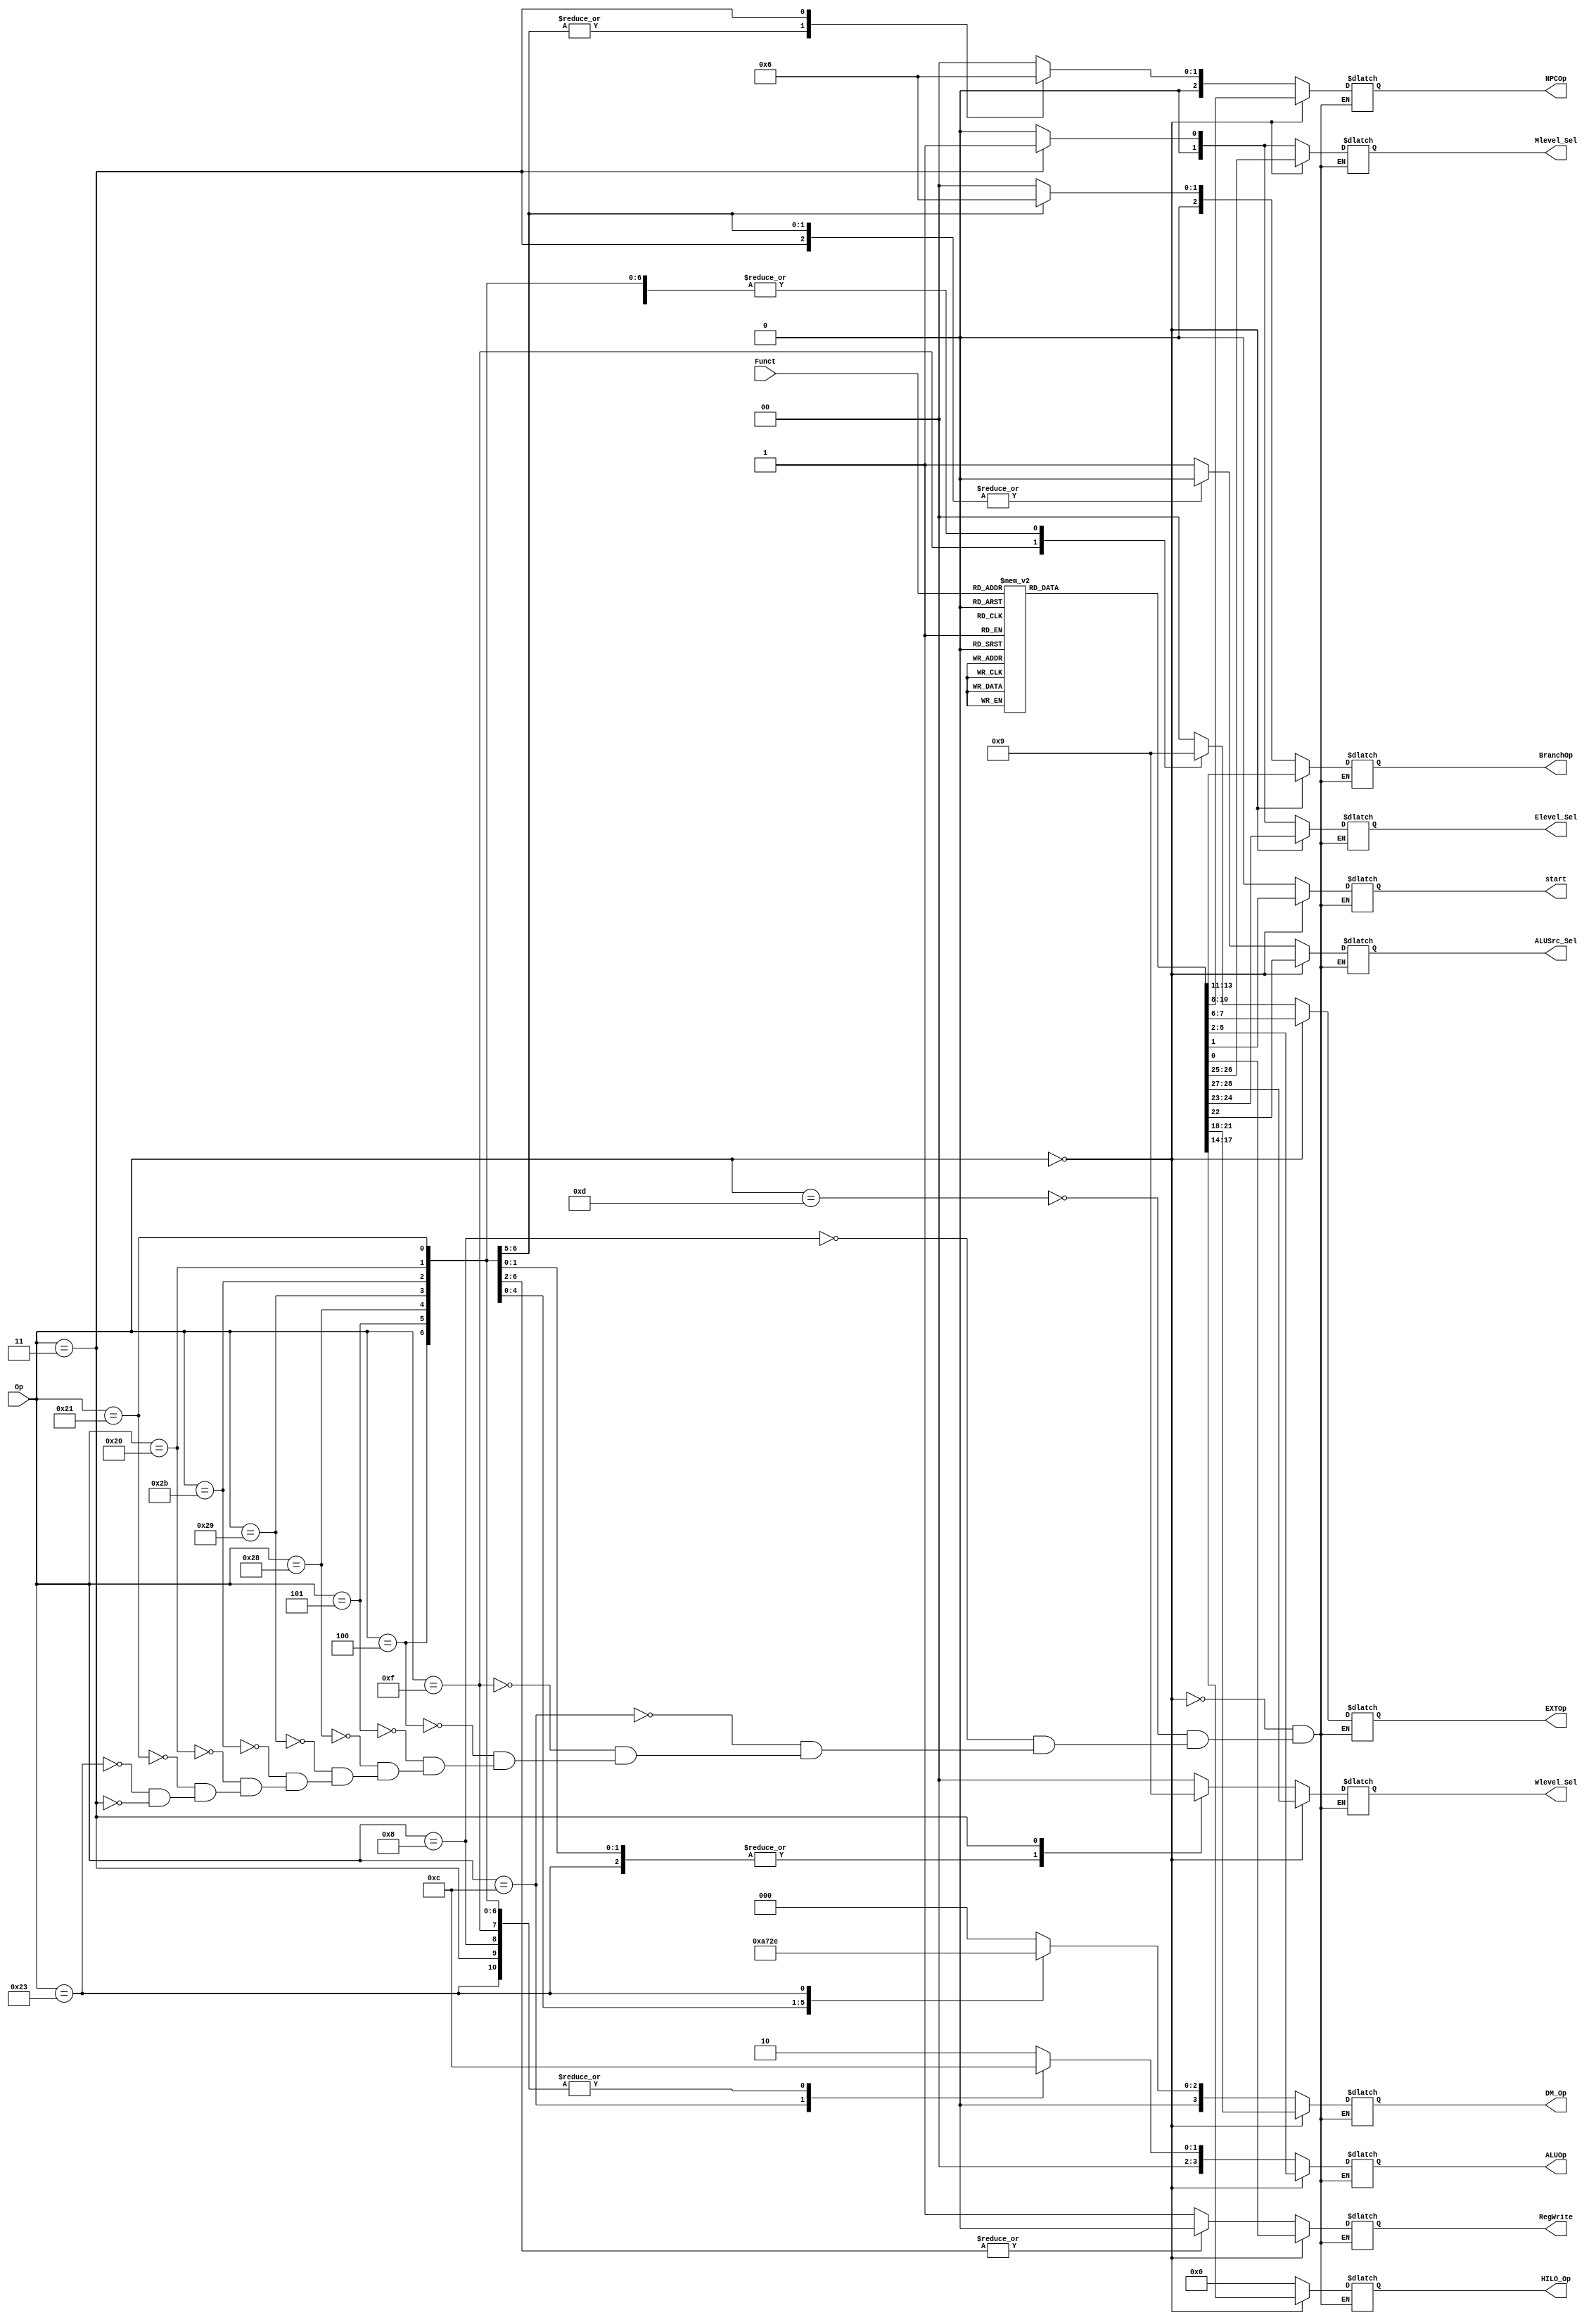
`timescale 1ns / 1ps

//--------//

`define R_Type 6'b000000

//StatementRFunctROp

//----cal_r----//    `timescale 1ns / 1ps

//--------//

`define R_Type 6'b000000

//StatementRFunctROp

//----cal_r----//          
`define add_Funct 6'b100000
`define sub_Funct 6'b100010
`define and_Funct 6'b100100 
`define or_Funct  6'b100101
`define slt_Funct  6'b101010
`define sltu_Funct 6'b101011

//----cal_i----//     
`define ori_Op 6'b001101
`define addi_Op 6'b001000
`define andi_Op 6'b001100

//----lui----//
`define lui_Op 6'b001111

//----branch----//
`define beq_Op 6'b000100
`define bne_Op 6'b000101

//----load-----//           
`define lw_Op  6'b100011
`define lh_Op  6'b100001
`define lb_Op  6'b100000

//----store----//
`define sw_Op  6'b101011
`define sh_Op  6'b101001
`define sb_Op  6'b101000

//----jumplink----//
`define jal_Op 6'b000011   

//----jumpreg----//
`define jr_Funct  6'b001000

//----md----//
`define mult_Funct  6'b011000
`define multu_Funct 6'b011001
`define div_Funct   6'b011010
`define divu_Funct  6'b011011

//----mf----//
`define mfhi_Funct  6'b010000
`define mflo_Funct  6'b010010

//----mt----//
`define mthi_Funct  6'b010001
`define mtlo_Funct  6'b010011

module Main_CU(
    input [5:0] Op,
    input [5:0] Funct,

    //--------//
    output reg RegWrite,
	 output reg start,

    //---------//
    output reg [3:0] ALUOp,
    output reg [1:0] EXTOp,
    output reg [2:0] NPCOp,
	 output reg [2:0] BranchOp,	//use for cmp
	 output reg [3:0] HILO_Op,
	 output reg [3:0] DM_Op,
	

    //----MUX-----//
    output reg ALUSrc_Sel,		       //RF_RD2--->ALU_SrcB
	 output reg [1:0] Elevel_Sel,		
    output reg [1:0] Mlevel_Sel,
    output reg [1:0] Wlevel_Sel
);

  always @(*) begin
    if(Op==`R_Type)begin     //R_Type Instruction
        case(Funct)
            `add_Funct:begin
                //
                RegWrite<=1;
					 start<=1'd0;
                //
                ALUOp<=4'b0000;
                EXTOp<=2'b00;
                NPCOp<=3'b000;
					 BranchOp<=3'b000;
					 HILO_Op<=4'd0;
					 DM_Op<=4'd0;
                //
                ALUSrc_Sel<=0;
					 Elevel_Sel<=2'b00;
                Mlevel_Sel<=2'b00;
                Wlevel_Sel<=2'b00;
            end

            `sub_Funct:begin
                //
					 start<=1'd0;
                RegWrite<=1;
                //
                ALUOp<=4'b0001;
                EXTOp<=2'b00;
                NPCOp<=3'b000;
					 BranchOp<=3'b000;
					 HILO_Op<=4'd0;
					 DM_Op<=4'd0;
                //
                ALUSrc_Sel<=0;
					 Elevel_Sel<=2'b00;
                Mlevel_Sel<=2'b00;
                Wlevel_Sel<=2'b00;
            end

            `and_Funct:begin
                //
					 start<=1'd0;
                RegWrite<=1;
                //
                ALUOp<=4'b0011;
                EXTOp<=2'b00;
                NPCOp<=3'b000;
					 BranchOp<=3'b000;
					 HILO_Op<=4'd0;
					 DM_Op<=4'd0;
                //
                ALUSrc_Sel<=0;
					 Elevel_Sel<=2'b00;
                Mlevel_Sel<=2'b00;
                Wlevel_Sel<=2'b00;
            end
            `or_Funct:begin
                //
					 start<=1'd0;
                RegWrite<=1;
                //
                ALUOp<=4'b0010;  //the same as 'ori'
                EXTOp<=2'b00;
                NPCOp<=3'b000;
					 BranchOp<=3'b000;
					 HILO_Op<=4'd0;
					 DM_Op<=4'd0;
                //
                ALUSrc_Sel<=0;
					 Elevel_Sel<=2'b00;
                Mlevel_Sel<=2'b00;
                Wlevel_Sel<=2'b00;
            end
				
				`slt_Funct:begin
                //
					 start<=1'd0;
                RegWrite<=1;
                //
                ALUOp<=4'b0100;  
                EXTOp<=2'b00;
                NPCOp<=3'b000;
					 BranchOp<=3'b000;
					 HILO_Op<=4'd0;
					 DM_Op<=4'd0;
                //
                ALUSrc_Sel<=0;
					 Elevel_Sel<=2'b00;
                Mlevel_Sel<=2'b00;
                Wlevel_Sel<=2'b00;				
				end
				`sltu_Funct:begin
                //
					 start<=1'd0;
                RegWrite<=1;
                //
                ALUOp<=4'b0101;  //the same as 'ori'
                EXTOp<=2'b00;
                NPCOp<=3'b000;
					 BranchOp<=3'b000;
					 HILO_Op<=4'd0;		 
					 DM_Op<=4'd0;
                //
                ALUSrc_Sel<=0;
					 Elevel_Sel<=2'b00;
                Mlevel_Sel<=2'b00;
                Wlevel_Sel<=2'b00;				
				end
				

            `jr_Funct:begin
                //
					 start<=1'd0;
                RegWrite<=0;
                //
                ALUOp<=4'b0000;
                EXTOp<=2'b00;
                NPCOp<=3'b011;
					 BranchOp<=3'b000;
					 HILO_Op<=4'd0;
					 DM_Op<=4'd0;
                //
                ALUSrc_Sel<=0;
					 Elevel_Sel<=2'b00;
                Mlevel_Sel<=2'b00;
                Wlevel_Sel<=2'b00;
            end
				`mult_Funct:begin
                //
					 start<=1'd1;
                RegWrite<=0;
                //
                ALUOp<=4'b0000;
                EXTOp<=2'b00;
                NPCOp<=3'b000;
					 BranchOp<=3'b000;
					 HILO_Op<=4'd1;
					 DM_Op<=4'd0;
                //
                ALUSrc_Sel<=0;
					 Elevel_Sel<=2'b00;
                Mlevel_Sel<=2'b00;
                Wlevel_Sel<=2'b00;
				end
				`multu_Funct:begin
                //
					 start<=1'd1;
                RegWrite<=0;
                //
                ALUOp<=4'b0000;
                EXTOp<=2'b00;
                NPCOp<=3'b000;
					 BranchOp<=3'b000;
					 HILO_Op<=4'd2;
					 DM_Op<=4'd0;
                //
                ALUSrc_Sel<=0;
					 Elevel_Sel<=2'b00;
                Mlevel_Sel<=2'b00;
                Wlevel_Sel<=2'b00;
				end
				`div_Funct:begin
                //
                RegWrite<=0;
					 start<=1'd1;
                //
                ALUOp<=4'b0000;
                EXTOp<=2'b00;
                NPCOp<=3'b000;
					 BranchOp<=3'b000;
					 HILO_Op<=4'd3; 
					 DM_Op<=4'd0;
                //
                ALUSrc_Sel<=0;
					 Elevel_Sel<=2'b00;
                Mlevel_Sel<=2'b00;
                Wlevel_Sel<=2'b00;
				end
				`divu_Funct:begin
                //
                RegWrite<=0;
					 start<=1'd1;
                //
                ALUOp<=4'b0000;
                EXTOp<=2'b00;
                NPCOp<=3'b000;
					 BranchOp<=3'b000;
					 HILO_Op<=4'd4;
					 DM_Op<=4'd0;
                //
                ALUSrc_Sel<=0;
					 Elevel_Sel<=2'b00;
                Mlevel_Sel<=2'b00;
                Wlevel_Sel<=2'b00;
				end
				`mfhi_Funct:begin
                //
					 start<=1'd0;
                RegWrite<=1;
                //
                ALUOp<=4'b0000;
                EXTOp<=2'b00;
                NPCOp<=3'b000;
					 BranchOp<=3'b000;
					 HILO_Op<=4'd5;
					 DM_Op<=4'd0;
                //
                ALUSrc_Sel<=0;
					 Elevel_Sel<=2'b00;
                Mlevel_Sel<=2'b10;
                Wlevel_Sel<=2'b11;
				end
				`mflo_Funct:begin
                //
                RegWrite<=1;
					 start<=1'd0;
                //
                ALUOp<=4'b0000;
                EXTOp<=2'b00;
                NPCOp<=3'b000;
					 BranchOp<=3'b000;
					 HILO_Op<=4'd6;	 
					 DM_Op<=4'd0;
                //
                ALUSrc_Sel<=0;
					 Elevel_Sel<=2'b00;
                Mlevel_Sel<=2'b10;
                Wlevel_Sel<=2'b11;
				end
				`mthi_Funct:begin
                //
                RegWrite<=0;
					 start<=1'd0;
                //
                ALUOp<=4'b0000;
                EXTOp<=2'b00;
                NPCOp<=3'b000;
					 BranchOp<=3'b000;
					 HILO_Op<=4'd7;
					 DM_Op<=4'd0;
                //
                ALUSrc_Sel<=0;
					 Elevel_Sel<=2'b00;
                Mlevel_Sel<=2'b00;
                Wlevel_Sel<=2'b00;
				end
				`mtlo_Funct:begin
                //
                RegWrite<=0;
					 start<=1'd0;
                //
                ALUOp<=4'b0000;
                EXTOp<=2'b00;
                NPCOp<=3'b000;
					 BranchOp<=3'b000;
					 HILO_Op<=4'd8; 
					 DM_Op<=4'd0;
                //
                ALUSrc_Sel<=0;
					 Elevel_Sel<=2'b00;
                Mlevel_Sel<=2'b00;
                Wlevel_Sel<=2'b00;
				end
				default:begin
                RegWrite<=0;
					 start<=1'd0;
                //
                ALUOp<=4'b0000;
                EXTOp<=2'b00;
                NPCOp<=3'b000;
					 BranchOp<=3'b000;
					 HILO_Op<=4'd0;
					 DM_Op<=4'd0;
                //
                ALUSrc_Sel<=0;
					 Elevel_Sel<=2'b00;
                Mlevel_Sel<=2'b00;
                Wlevel_Sel<=2'b00;				
				end
        endcase
    end

    else begin              //non-R_Type Instruction
        case(Op)
            `ori_Op:begin
                //
                RegWrite<=1;
					 start<=1'd0;
                //
                ALUOp<=4'b0010;
                EXTOp<=2'b00;       //
                NPCOp<=3'b000;
					 BranchOp<=3'b000;
					 HILO_Op<=4'd0;
					 DM_Op<=4'd0;
                //
                ALUSrc_Sel<=1;      //
					 Elevel_Sel<=2'b00;
                Mlevel_Sel<=2'b00;
                Wlevel_Sel<=2'b00;
            end
            `addi_Op:begin
                //
                RegWrite<=1;
					 start<=1'd0;
                //
                ALUOp<=4'b0000;
                EXTOp<=2'b01;       //sign-extend
                NPCOp<=3'b000;
					 BranchOp<=3'b000;
					 HILO_Op<=4'd0;
					 DM_Op<=4'd0;
                //
                ALUSrc_Sel<=1;      //choose the imm
					 Elevel_Sel<=2'b00;
                Mlevel_Sel<=2'b00;
                Wlevel_Sel<=2'b00;
            end
            `andi_Op:begin
                //
                RegWrite<=1;
					 start<=1'd0;
                //
                ALUOp<=4'b0011;
                EXTOp<=2'b00;       //zero-extend
                NPCOp<=3'b000;
					 BranchOp<=3'b000;
					 HILO_Op<=4'd0;
					 DM_Op<=4'd0;
                //
                ALUSrc_Sel<=1;      //imm
					 Elevel_Sel<=2'b00;
                Mlevel_Sel<=2'b00;
                Wlevel_Sel<=2'b00;
            end

            `lui_Op: begin
                //
                RegWrite<=1;
					 start<=1'd0;
                //
                ALUOp<=4'b0000;
                EXTOp<=2'b10;       //lui
                NPCOp<=3'b000;
					 BranchOp<=3'b000;
					 HILO_Op<=4'd0;
					 DM_Op<=4'd0;
                //
                ALUSrc_Sel<=1;      //
					 Elevel_Sel<=2'b00;
                Mlevel_Sel<=2'b00;
                Wlevel_Sel<=2'b00;
            end

            `beq_Op: begin             //b_typeALUCMP
                //
                RegWrite<=0;
					 start<=1'd0;
                //
                ALUOp<=4'b0000;      //
                EXTOp<=2'b01;       //
                NPCOp<=3'b001;      //branch
					 BranchOp<=3'b001;
					 HILO_Op<=4'd0;
					 DM_Op<=4'd0;
                //
                ALUSrc_Sel<=0;    
					 Elevel_Sel<=2'b00;
                Mlevel_Sel<=2'b00;
                Wlevel_Sel<=2'b00;
            end

            `bne_Op: begin             //b_typeALUCMP
                //
                RegWrite<=0;
					 start<=1'd0;
                //
                ALUOp<=4'b0000;      //
                EXTOp<=2'b01;       //
                NPCOp<=3'b001;      //branch
					 BranchOp<=3'b010;
					 HILO_Op<=4'd0; 
					 DM_Op<=4'd0;
                //
                ALUSrc_Sel<=0;    
					 Elevel_Sel<=2'b00;
                Mlevel_Sel<=2'b00;
                Wlevel_Sel<=2'b00;
            end
            `sb_Op: begin
                //
                RegWrite<=0;
					 start<=1'd0;
                //
                ALUOp<=4'b0000;      //
                EXTOp<=2'b01;       //
                NPCOp<=3'b000;   
					 BranchOp<=3'b000;
					 HILO_Op<=4'd0;
					 DM_Op<=4'd1;
                //
                ALUSrc_Sel<=1;      //
					 Elevel_Sel<=2'b00;
                Mlevel_Sel<=2'b00;
                Wlevel_Sel<=2'b00;
            end
            `sh_Op: begin
                //
                RegWrite<=0;
					 start<=1'd0;
                //
                ALUOp<=4'b0000;      //
                EXTOp<=2'b01;       //
                NPCOp<=3'b000;   
					 BranchOp<=3'b000;
					 HILO_Op<=4'd0;
					 DM_Op<=4'd2;
                //
                ALUSrc_Sel<=1;      //
					 Elevel_Sel<=2'b00;
                Mlevel_Sel<=2'b00;
                Wlevel_Sel<=2'b00;
            end
            `sw_Op: begin
                //
                RegWrite<=0;
					 start<=1'd0;
                //
                ALUOp<=4'b0000;      //
                EXTOp<=2'b01;       //
                NPCOp<=3'b000;   
					 BranchOp<=3'b000;
					 HILO_Op<=4'd0;
					 DM_Op<=4'd3;
                //
                ALUSrc_Sel<=1;      //
					 Elevel_Sel<=2'b00;
                Mlevel_Sel<=2'b00;
                Wlevel_Sel<=2'b00;
            end
            `lb_Op: begin
                //
                RegWrite<=1;
					 start<=1'd0;
                //
                ALUOp<=4'b0000;      //
                EXTOp<=2'b01;       //
                NPCOp<=3'b000;      
					 BranchOp<=3'b000;
					 HILO_Op<=4'd0;
					 DM_Op<=4'd4;
                //
                ALUSrc_Sel<=1;      //
					 Elevel_Sel<=2'b00;
                Mlevel_Sel<=2'b00;
                Wlevel_Sel<=2'b10;
            end
				
            `lh_Op: begin
                //
                RegWrite<=1;
					 start<=1'd0;
                //
                ALUOp<=4'b0000;      //
                EXTOp<=2'b01;       //
                NPCOp<=3'b000;      
					 BranchOp<=3'b000;
					 HILO_Op<=4'd0;
					 DM_Op<=4'd5;
                //
                ALUSrc_Sel<=1;      //
					 Elevel_Sel<=2'b00;
                Mlevel_Sel<=2'b00;
                Wlevel_Sel<=2'b10;
            end		
				
            `lw_Op: begin
                //
                RegWrite<=1;
					 start<=1'd0;
                //
                ALUOp<=4'b0000;      //
                EXTOp<=2'b01;       //
                NPCOp<=3'b000;      
					 BranchOp<=3'b000;
					 HILO_Op<=4'd0;
					 DM_Op<=4'd6;
                //
                ALUSrc_Sel<=1;      //
					 Elevel_Sel<=2'b00;
                Mlevel_Sel<=2'b00;
                Wlevel_Sel<=2'b10;
            end
				
            `jal_Op: begin
                //
                RegWrite<=1;
					 start<=1'd0;
                //
                ALUOp<=4'b0000;      
                EXTOp<=2'b00;       
                NPCOp<=3'b010;   
					 BranchOp<=3'b000;
					 HILO_Op<=4'd0;
					 DM_Op<=4'd0;
                //
                ALUSrc_Sel<=0;   
					 Elevel_Sel<=2'b01;
                Mlevel_Sel<=2'b01;
                Wlevel_Sel<=2'b01;  
            end
        endcase
    end
  end

endmodule